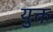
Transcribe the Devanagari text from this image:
युक्त़